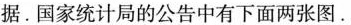
据。国家统计局的公告中有下面两张图。